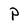
Character: P